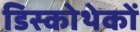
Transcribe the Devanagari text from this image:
डिस्कोथेकों